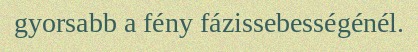
gyorsabb a fény fázissebességénél.